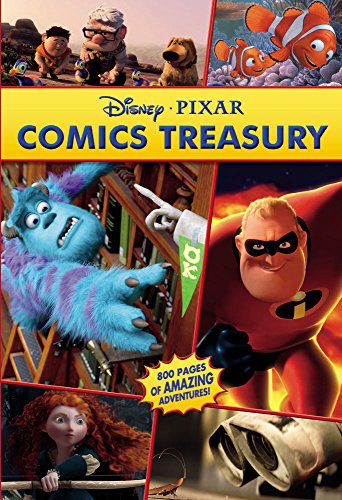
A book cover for Disney Pixar Treasury Volume 1 (Disney Pixar Omnibus); Disney Storybook Artists; Children's Books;